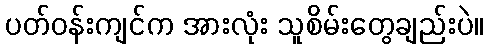
ပတ်ဝန်းကျင်က အားလုံး သူစိမ်းတွေချည်းပဲ။